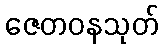
ဇေတဝနသုတ်